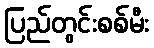
ပြည်တွင်းစစ်မီး